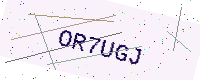
Text: OR7UGJ